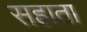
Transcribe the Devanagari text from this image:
सहाता